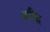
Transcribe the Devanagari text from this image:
अवैद्ध